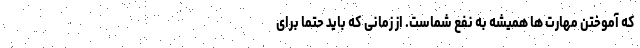
که آموختن مهارت ها همیشه به نفع شماست. از زمانی که باید حتما برای